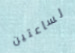
لساعتين